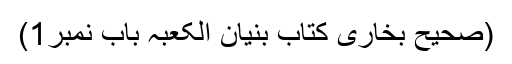
(صحیح بخاری کتاب بنیان الکعبہ باب نمبر1)